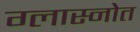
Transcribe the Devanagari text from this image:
ग्लास्नोत